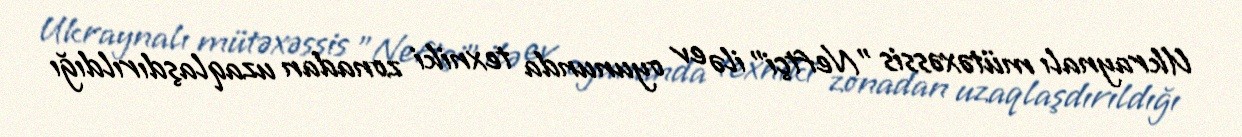
Ukraynalı mütəxəssis "Neftçi" ilə ev oyununda texniki zonadan uzaqlaşdırıldığı